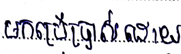
មកប្រើប្រាស់ដោយ